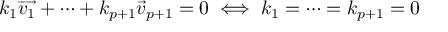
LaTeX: k _ { 1 } { \overrightarrow { v _ { 1 } } } + \dots + k _ { p + 1 } { \overrightarrow { v } } _ { p + 1 } = 0 \iff k _ { 1 } = \dots = k _ { p + 1 } = 0